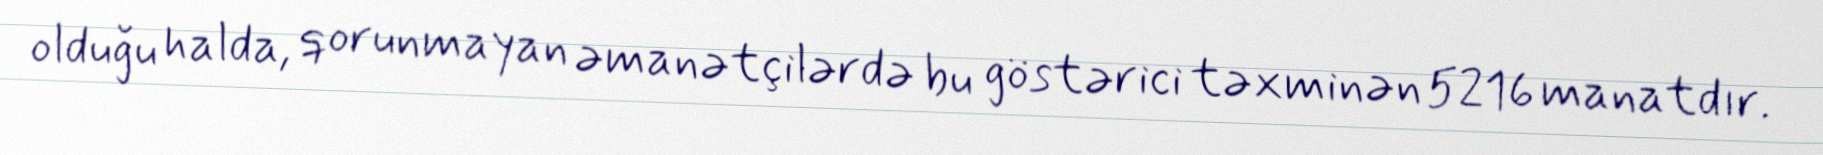
olduğu halda, qorunmayan əmanətçilərdə bu göstərici təxminən 5216 manatdır.